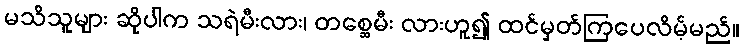
မသိသူများ ဆိုပါက သရဲမီးလား၊ တစ္ဆေမီး လားဟူ၍ ထင်မှတ်ကြပေလိမ့်မည်။